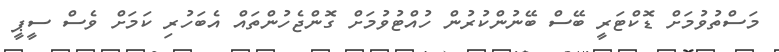
މަސްތުވުމަށް ޑޮކްޓަރީ ބޭސް ބޭނުންކުުރުން ހުއްޓުވުމަށް ގޮންޖެހުންތައް އެބަހުރި ކަމަށް ވެސް ސީޕީ